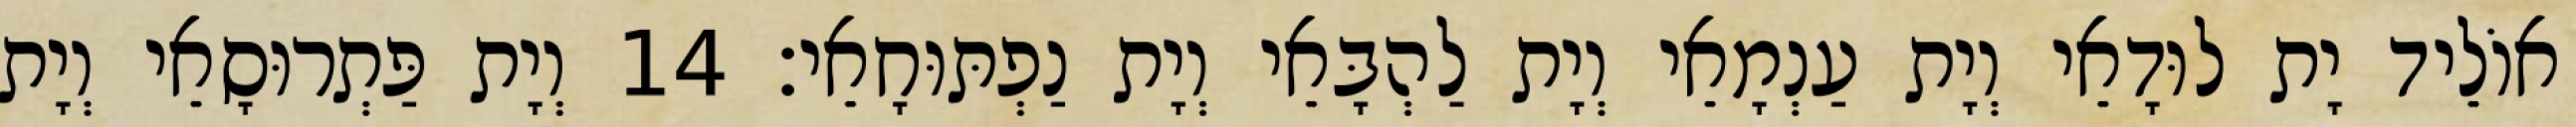
אוֹלֵיד יָת לוּדָאֵי וְיָת עַנְמָאֵי וְיָת לַהְבָּאֵי וְיָת נַפְתּוּחָאֵי׃ 14 וְיָת פַּתְרוּסָאֵי וְיָת